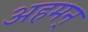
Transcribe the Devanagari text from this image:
अहमन्